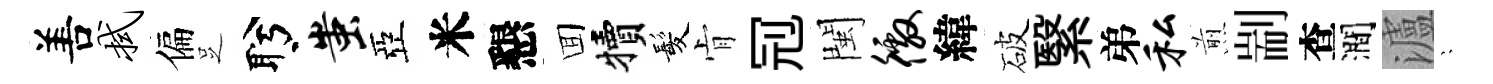
𠵊拭偏𠯁盻蚩亞米懇囬犢髪肻𠜍閩徼緯破繄弟私煎剬查澗瀘隠